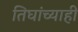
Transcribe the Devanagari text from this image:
तिघांच्याही